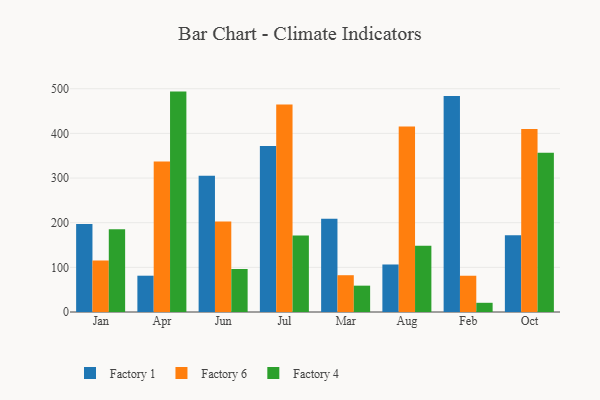
{"axis": {"x": "Month", "y": "Net Income (USD K)"}, "legend": ["Factory 1", "Factory 4", "Factory 6"], "data": [{"x": "Jan", "y": 196.9, "type": "Factory 1"}, {"x": "Jan", "y": 115.6, "type": "Factory 6"}, {"x": "Jan", "y": 185.1, "type": "Factory 4"}, {"x": "Apr", "y": 81.3, "type": "Factory 1"}, {"x": "Apr", "y": 337.1, "type": "Factory 6"}, {"x": "Apr", "y": 493.6, "type": "Factory 4"}, {"x": "Jun", "y": 305.0, "type": "Factory 1"}, {"x": "Jun", "y": 202.5, "type": "Factory 6"}, {"x": "Jun", "y": 96.3, "type": "Factory 4"}, {"x": "Jul", "y": 371.9, "type": "Factory 1"}, {"x": "Jul", "y": 464.9, "type": "Factory 6"}, {"x": "Jul", "y": 171.1, "type": "Factory 4"}, {"x": "Mar", "y": 208.9, "type": "Factory 1"}, {"x": "Mar", "y": 82.4, "type": "Factory 6"}, {"x": "Mar", "y": 59.0, "type": "Factory 4"}, {"x": "Aug", "y": 106.4, "type": "Factory 1"}, {"x": "Aug", "y": 415.5, "type": "Factory 6"}, {"x": "Aug", "y": 148.3, "type": "Factory 4"}, {"x": "Feb", "y": 483.8, "type": "Factory 1"}, {"x": "Feb", "y": 81.2, "type": "Factory 6"}, {"x": "Feb", "y": 20.6, "type": "Factory 4"}, {"x": "Oct", "y": 171.7, "type": "Factory 1"}, {"x": "Oct", "y": 410.0, "type": "Factory 6"}, {"x": "Oct", "y": 356.9, "type": "Factory 4"}]}